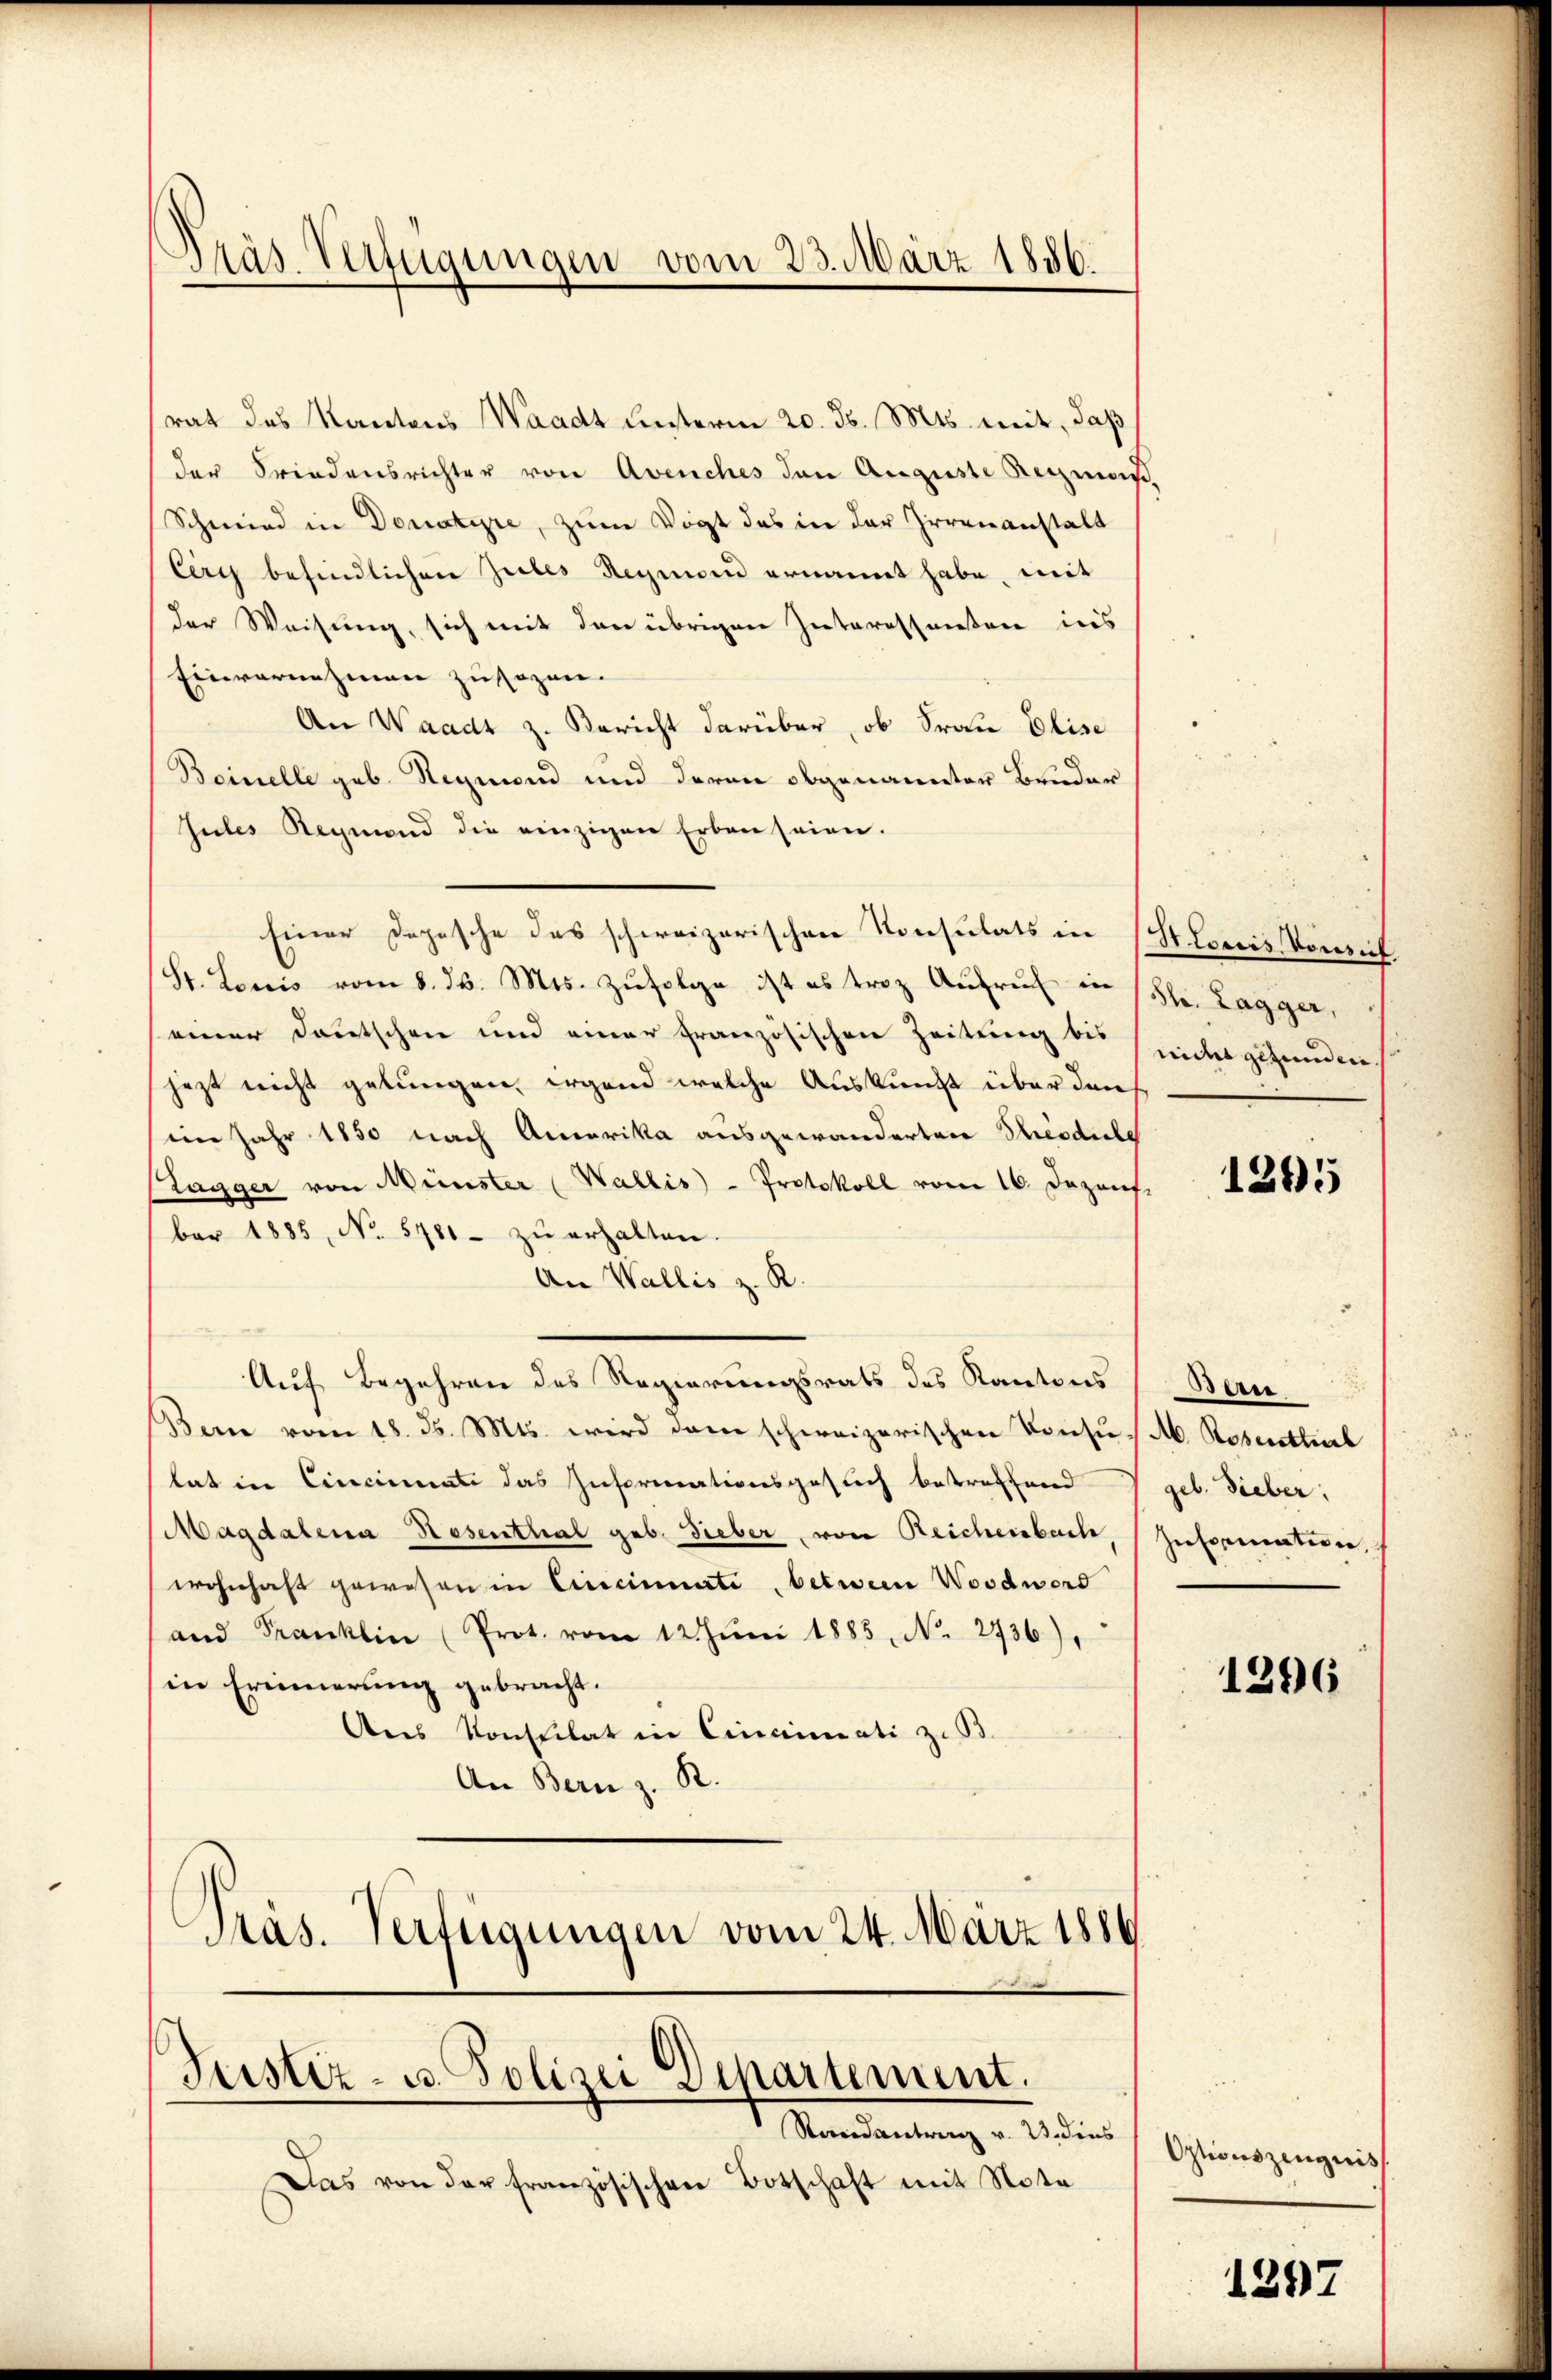
Dräs Vertigungen vom 23. März 1886.

rat des Kantons Waadt unterm 20. d. Mts. mit, daß
der Friedensrichter von Avenches den Auguste Regmaß,
Schmied in Donatire, zum Vogt das in der Irrenanstalt
Cery befindlichen Zubes Regio ernannt habe, mit
der Weisung, sich mit den übrigen Interessanten ins
Einvernehmen zusagen.
An Waadt z. Bericht darüber, ob Frau Elise
Beinelle geb. Regien und deren obgenannter Bruder
Jules Regiend die einzigen Erben seien.
Einer Depesche des schweizerischen Konsulats in St. Louis Vorsich
St. Louis vom 8. d. Mts. Zufolge ist es troz Aufruf in sr. Zagger,
einer Deutschen und einer französischen Zeitung bis
jezt nicht gelungen, irgend welche Auskunft über den
im Jahr 1850 nach Amerika ausgewanderten Theodule
Plagger von Münster (Wallis - Protokoll vom 16. Dezenf
ber 1885, No. 5781- zŭ erhalten.
An Wallis z. R.
Auf Begehren des Regierungsrats des Kantons
Bern vom 18. d. Mts. wird dann schweizerischen Konsus M. Rosenthal
lat in Cincinati das Inspricationsgesuch betreffend V geb. Sieber:
Magdalena Nesenthal geb. Gieber, von Reichenbach, (Information,
wohnhaft gewesen in Cincinate Oetwein Woodword
and Franklin (Prot. vom 12. Jŭni 1885, No. 2736).
in Erinnerung gebracht.
Ans Konsulat in Cinciati z. B.
An Bern z. B.
Präs. Verfügungen vom 24. März 1884

Justiz- u. Polizei Departement.

Mandantung a. u. die
Das von der französischen Botschaft mit Note

nicht gefunden. |

1295

Bere

1296.

Optionszeugnis,

1297